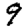
Digit: 9